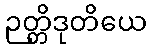
ဉတ္တိဒုတိယေ